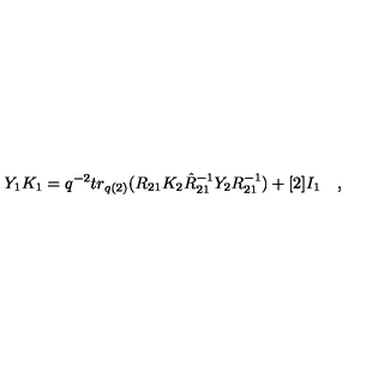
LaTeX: Y _ { 1 } K _ { 1 } = q ^ { - 2 } t r _ { q ( 2 ) } ( R _ { 2 1 } K _ { 2 } \hat { R } _ { 2 1 } ^ { - 1 } Y _ { 2 } R _ { 2 1 } ^ { - 1 } ) + [ 2 ] I _ { 1 } \quad ,